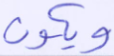
ويكون